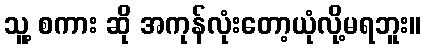
သူ့ စကား ဆို အကုန်လုံးတော့ယုံလို့မရဘူး။